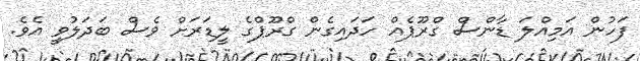
ފަހުން އަމިއްލަ ޑާންސް ގްރޫޕެއް ހަދައިގެން ގްރޫޕްގެ ލީޑަރަށް ވެސް ބަދަލުވީ އެވެ.